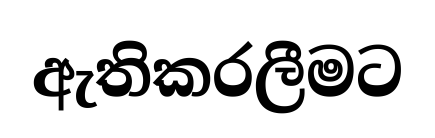
ඇතිකරලීමට